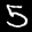
Label: 5